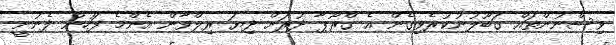
ވިސްނުންތައް ގަބޫލުނުކުރެވިގެން އެ ގްރޫޕާ ދުރަށް ދިޔަ ރިލްވާން އެންމެ ފަހުން ފެނުނީ